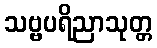
သဗ္ဗပရိညာသုတ္တ